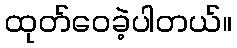
ထုတ်ဝေခဲ့ပါတယ်။